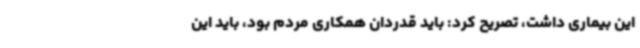
این بیماری داشت، تصریح کرد: باید قدردان همکاری مردم بود، باید این